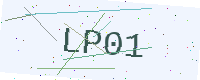
Text: LP01